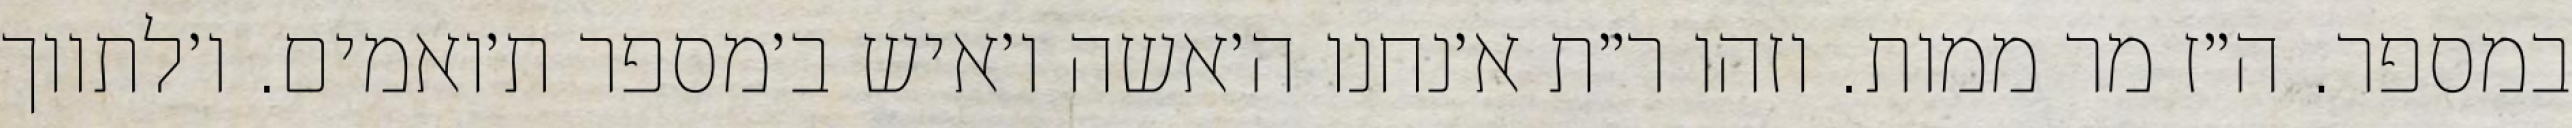
במספר. ה״ז מר ממות. וזהו ר״ת א׳נחנו ה׳אשה ו׳איש ב׳מספר ת׳ואמים. ו׳לתווך